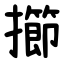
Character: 擳